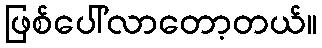
ဖြစ်ပေါ်လာတော့တယ်။